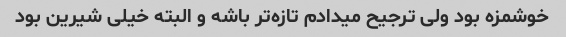
خوشمزه بود ولی ترجیح میدادم تازه‌تر باشه و البته خیلی شیرین بود